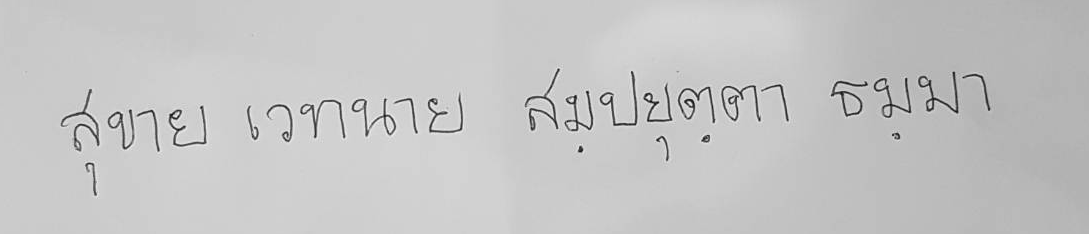
สุขาย เวทนาย สมปยุตตา ธมมา